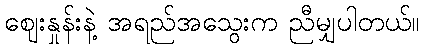
ဈေးနှုန်းနဲ့ အရည်အသွေးက ညီမျှပါတယ်။